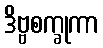
ဒိဗ္ဗစက္ခုကာ